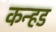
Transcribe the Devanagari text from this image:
कन्हड